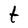
Character: t